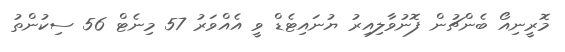
މޮރީނިއޯ ބެންޗުން ފޮނުވާލިއިރު ޔުނައިޓެޑް ވީ އެއްވަރު 57 މިނެޓް 56 ސިކުންތު